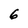
Character: 6